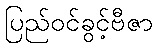
ပြည်ဝင်ခွင့်ဗီဇာ